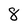
Character: 8